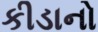
કીડાનો